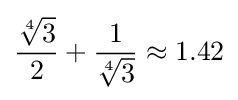
{\frac {\sqrt[{4}]{3}}{2}}+{\frac {1}{\sqrt[{4}]{3}}}\approx 1.42